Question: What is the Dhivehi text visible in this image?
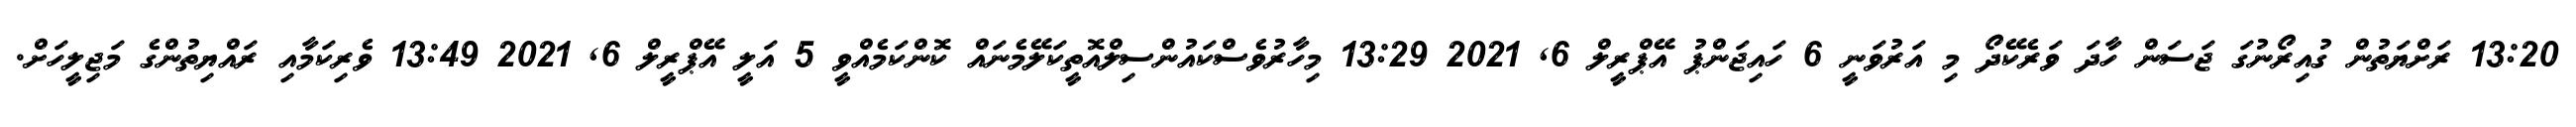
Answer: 13:20 ރަށްޔަތުން ގުއިރޯނުގަ ޖަސަން ހާދަ ވަރެކޭދޯ މި އަރުވަނީ 6 ހައިޖަންޕު އޭޕްރީލް 6, 2021 13:29 މިހާރުވެސްކައުންސިލްއޮތީކަލޭމެނައް ކޮންކަމެއްވީ 5 އަލީ އޭޕްރީލް 6, 2021 13:49 ވެރިކަމާއި ރައްޔިތުންގެ މަޖިލީހަށް.